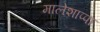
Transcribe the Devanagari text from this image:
मालेशाप्पा